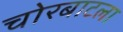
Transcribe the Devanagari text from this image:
चोरबाटला